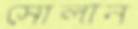
সোলান